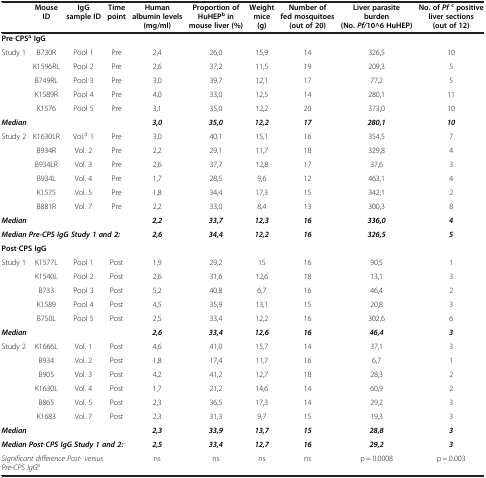
<table><thead><tr><td><b> </b></td><td><b>Mouse ID</b></td><td><b>IgG sample ID</b></td><td><b>Time point</b></td><td><b>Human albumin levels (mg/ml)</b></td><td><b>Proportion of HuHEP<sup>b </sup>in mouse liver (%)</b></td><td><b>Weight mice (g)</b></td><td><b>Number of fed mosquitoes (out of 20)</b></td><td><b>Liver parasite burden (No. <i>Pf/ </i>10^6 HuHEP)</b></td><td><b>No. of <i>Pf </i><sup>c </sup>positive liver sections (out of 12)</b></td></tr></thead><tbody><tr><td colspan="10"><b>Pre</b>-<b>CPS</b><sup><b>a </b></sup><b>IgG</b></td></tr><tr><td>Study 1</td><td>B730R</td><td>Pool 1</td><td>Pre</td><td>2,4</td><td>26,0</td><td>15,9</td><td>14</td><td>326,5</td><td>10</td></tr><tr><td> </td><td>K1596RL</td><td>Pool 2</td><td>Pre</td><td>2,6</td><td>37,2</td><td>11,5</td><td>19</td><td>209,3</td><td>5</td></tr><tr><td> </td><td>B749RL</td><td>Pool 3</td><td>Pre</td><td>3,0</td><td>39,7</td><td>12,1</td><td>17</td><td>77,2</td><td>5</td></tr><tr><td> </td><td>K1589R</td><td>Pool 4</td><td>Pre</td><td>4,0</td><td>33,0</td><td>12,5</td><td>14</td><td>280,1</td><td>11</td></tr><tr><td> </td><td>K1576</td><td>Pool 5</td><td>Pre</td><td>3,1</td><td>35,0</td><td>12,2</td><td>20</td><td>373,0</td><td>10</td></tr><tr><td colspan="4"><b><i>Median</i></b></td><td><b><i>3,</i></b><b><i>0</i></b></td><td><b><i>35,</i></b><b><i>0</i></b></td><td><b><i>12,</i></b><b><i>2</i></b></td><td><b><i>17</i></b></td><td><b><i>280,</i></b><b><i>1</i></b></td><td><b><i>10</i></b></td></tr><tr><td>Study 2</td><td>K1630LR</td><td>Vol.<sup>d</sup> 1</td><td>Pre</td><td>3,0</td><td>40,1</td><td>15,1</td><td>16</td><td>354,5</td><td>7</td></tr><tr><td> </td><td>B934R</td><td>Vol. 2</td><td>Pre</td><td>2,2</td><td>29,1</td><td>11,7</td><td>18</td><td>329,8</td><td>4</td></tr><tr><td> </td><td>B934LR</td><td>Vol. 3</td><td>Pre</td><td>2,6</td><td>37,7</td><td>12,8</td><td>17</td><td>37,6</td><td>3</td></tr><tr><td> </td><td>B934L</td><td>Vol. 4</td><td>Pre</td><td>1,7</td><td>28,5</td><td>9,6</td><td>12</td><td>463,1</td><td>4</td></tr><tr><td> </td><td>K1575</td><td>Vol. 5</td><td>Pre</td><td>1,8</td><td>34,4</td><td>17,3</td><td>15</td><td>342,1</td><td>2</td></tr><tr><td> </td><td>B881R</td><td>Vol. 7</td><td>Pre</td><td>2,2</td><td>33,0</td><td>8,4</td><td>13</td><td>300,3</td><td>8</td></tr><tr><td colspan="4"><b><i>Median</i></b></td><td><b><i>2,</i></b><b><i>2</i></b></td><td><b><i>33,</i></b><b><i>7</i></b></td><td><b><i>12,</i></b><b><i>3</i></b></td><td><b><i>16</i></b></td><td><b><i>336,</i></b><b><i>0</i></b></td><td><b><i>4</i></b></td></tr><tr><td colspan="4"><b><i>Median Pre-</i></b><b><i>CPS IgG Study 1 and 2:</i></b></td><td><b><i>2,</i></b><b><i>6</i></b></td><td><b><i>34,</i></b><b><i>4</i></b></td><td><b><i>12,</i></b><b><i>2</i></b></td><td><b><i>16</i></b></td><td><b><i>326,</i></b><b><i>5</i></b></td><td><b><i>5</i></b></td></tr><tr><td colspan="10"><b>Post</b>-<b>CPS IgG</b></td></tr><tr><td>Study 1</td><td>K1577L</td><td>Pool 1</td><td>Post</td><td>1,9</td><td>29,2</td><td>15</td><td>16</td><td>90,5</td><td>1</td></tr><tr><td> </td><td>K1540L</td><td>Pool 2</td><td>Post</td><td>2,6</td><td>31,6</td><td>12,6</td><td>18</td><td>13,1</td><td>3</td></tr><tr><td> </td><td>B733</td><td>Pool 3</td><td>Post</td><td>5,2</td><td>40,8</td><td>6,7</td><td>16</td><td>46,4</td><td>2</td></tr><tr><td> </td><td>K1589</td><td>Pool 4</td><td>Post</td><td>4,5</td><td>35,9</td><td>13,1</td><td>15</td><td>20,8</td><td>3</td></tr><tr><td> </td><td>B750L</td><td>Pool 5</td><td>Post</td><td>2,5</td><td>33,4</td><td>12,2</td><td>16</td><td>302,6</td><td>6</td></tr><tr><td><b><i>Median</i></b></td><td> </td><td> </td><td> </td><td><b><i>2,</i></b><b><i>6</i></b></td><td><b><i>33,</i></b><b><i>4</i></b></td><td><b><i>12,</i></b><b><i>6</i></b></td><td><b><i>16</i></b></td><td><b><i>46,</i></b><b><i>4</i></b></td><td><b><i>3</i></b></td></tr><tr><td>Study 2</td><td>K1666L</td><td>Vol. 1</td><td>Post</td><td>4,6</td><td>41,0</td><td>15,7</td><td>14</td><td>37,1</td><td>3</td></tr><tr><td> </td><td>B934</td><td>Vol. 2</td><td>Post</td><td>1,8</td><td>17,4</td><td>11,7</td><td>16</td><td>6,7</td><td>1</td></tr><tr><td> </td><td>B905</td><td>Vol. 3</td><td>Post</td><td>4,2</td><td>41,2</td><td>12,7</td><td>18</td><td>28,3</td><td>2</td></tr><tr><td> </td><td>K1630L</td><td>Vol. 4</td><td>Post</td><td>1,7</td><td>21,2</td><td>14,6</td><td>14</td><td>60,9</td><td>2</td></tr><tr><td> </td><td>B865</td><td>Vol. 5</td><td>Post</td><td>2,3</td><td>36,5</td><td>17,3</td><td>14</td><td>29,2</td><td>3</td></tr><tr><td> </td><td>K1683</td><td>Vol. 7</td><td>Post</td><td>2,3</td><td>31,3</td><td>9,7</td><td>15</td><td>19,3</td><td>3</td></tr><tr><td colspan="4"><b><i>Median</i></b></td><td><b><i>2,</i></b><b><i>3</i></b></td><td><b><i>33,</i></b><b><i>9</i></b></td><td><b><i>13,</i></b><b><i>7</i></b></td><td><b><i>15</i></b></td><td><b><i>28,</i></b><b><i>8</i></b></td><td><b><i>3</i></b></td></tr><tr><td colspan="4"><b><i>Median Post</i></b>-<b><i>CPS IgG Study 1 and 2:</i></b></td><td><b><i>2,</i></b><b><i>5</i></b></td><td><b><i>33,</i></b><b><i>4</i></b></td><td><b><i>12,</i></b><b><i>7</i></b></td><td><b><i>16</i></b></td><td><b><i>29,</i></b><b><i>2</i></b></td><td><b><i>3</i></b></td></tr><tr><td colspan="4"><i>Significant difference Post</i>- <i>versus Pre</i>-<i>CPS IgG</i><sup>e</sup></td><td>ns</td><td>ns</td><td>ns</td><td>ns</td><td>p = 0.0008</td><td>p = 0.003</td></tr></tbody></table>